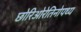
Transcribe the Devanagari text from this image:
छोरिओरेतिनोपथ्य